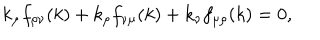
k _ { \mu } f _ { \rho \nu } ( k ) + k _ { \rho } f _ { \nu \mu } ( k ) + k _ { \nu } f _ { \mu \rho } ( k ) = 0 ,